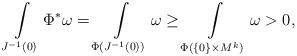
LaTeX: \begin{align*}\int\limits_{J^{-1}(0)}\Phi^*\omega=\int\limits_{\Phi(J^{-1}(0))}\omega \geq \int\limits_{\Phi(\{0\} \times M^k)}\omega >0,\end{align*}